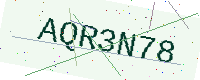
Text: AQR3N78